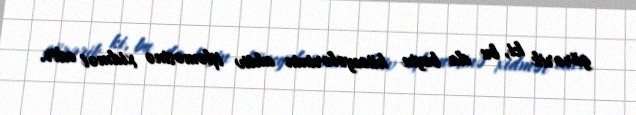
görərik ki, bu da beyin hüceyələrinin aktiv işləməsinə xidmət edir.